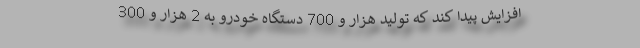
افزايش پيدا كند كه توليد هزار و 700 دستگاه خودرو به 2 هزار و 300